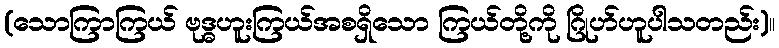
(သောကြာကြယ် ဗုဒ္ဓဟူးကြယ်အစရှိသော ကြယ်တို့ကို ဂြိုဟ်ဟူပါသတည်း)။